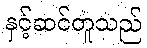
နှင့်ဆင်တူသည်